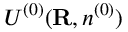
{ \cal U } ^ { ( 0 ) } ( { \bf R } , n ^ { ( 0 ) } )